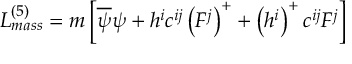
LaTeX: { \cal L } _ { m a s s } ^ { ( 5 ) } = m \left[ \overline { { { \psi } } } \psi + h ^ { i } c ^ { i j } \left( F ^ { j } \right) ^ { + } + \left( h ^ { i } \right) ^ { + } c ^ { i j } F ^ { j } \right]